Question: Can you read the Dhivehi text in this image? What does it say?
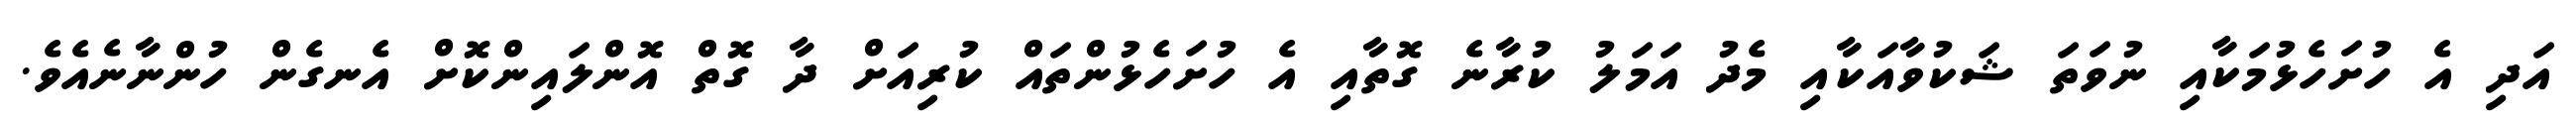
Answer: އަދި އެ ހުށަހެޅުމަކާއި ނުވަތަ ޝަކުވާއަކާއި މެދު އަމަލު ކުރާނެ ގޮތާއި އެ ހުށަހެޅުންތައް ކުރިއަށް ދާ ގޮތް އޮންލައިންކޮށް އެނގެން ހުންނާނެއެވެ.